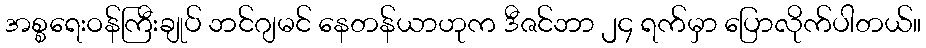
အစ္စရေးဝန်ကြီးချုပ် ဘင်ဂျမင် နေတန်ယာဟုက ဒီဇင်ဘာ ၂၄ ရက်မှာ ပြောလိုက်ပါတယ်။